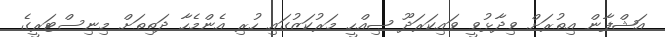
އަޝްފާން އިތުރަށް ވިދާޅުވީ ވައިކަަރަދޫ ޞިއްހީ މަރުކަޒުގައި ހުރި އެންމެހާ ދަތިތަށް މިނިސްޓަރީގެ